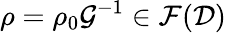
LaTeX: \rho=\rho_{0}\mathcal{G}^{-1}\in\mathcal{{F}}(\mathcal{{D}})